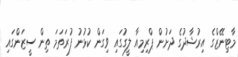
މާޓިނޭޒްގެ އިރުޝާދުގެ ދަށުން ޕްރިމިއާ ލީގުގައި ވިގަން ކުޅުނު ފުރަތަމަ ތިން ސީޒަންގައި